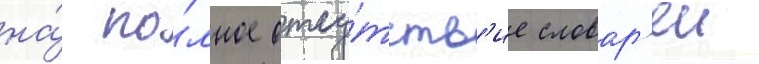
на́ по́лное отсу́тств'ие словар'еи